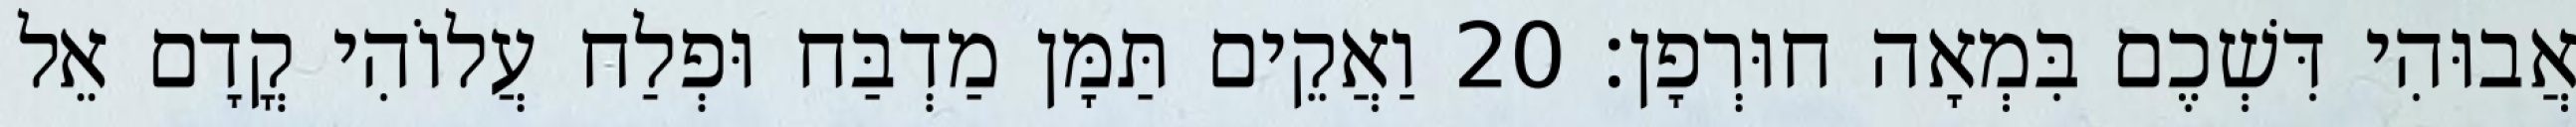
אֲבוּהִי דִּשְׁכֶם בִּמְאָה חוּרְפָן׃ 20 וַאֲקֵים תַּמָּן מַדְבַּח וּפְלַח עֲלוֹהִי קֳדָם אֵל